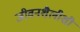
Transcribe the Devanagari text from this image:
जीवनशैलीशी